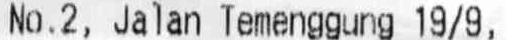
NO.2, JALAN TEMENGGUNG 19/9,